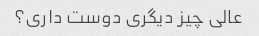
عالی چیز دیگری دوست داری؟